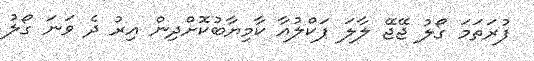
ފުރަތަމަ ގޯލު ޖޭޖޭ ލާލަ ޕަކްލުއާ ކާމިޔާބުކޮށްދިން އިރު ދެ ވަނަ ގޯލު